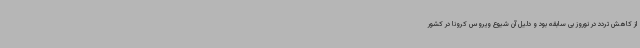
از کاهش تردد در نوروز بی سابقه بود و دلیل آن شیوع ویروس کرونا در کشور